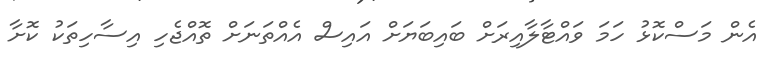
އެން މަސްކޮޅު ހަމަ ވައްޓާލާއިރަށް ބައިބަޔަށް އައިސް އެއްތަނަށް ތޮއްޖެހި އިސާހިތަކު ކޮށާ